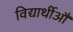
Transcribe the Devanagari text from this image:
विद्यार्थीऔं